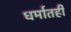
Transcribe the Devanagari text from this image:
धर्मातही